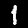
Label: 1